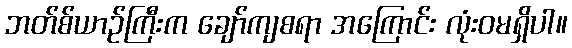
ဘတ်စ်ယာဉ်ကြီးက ချော်ကျစရာ အကြောင်း လုံးဝမရှိပါ။